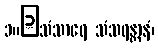
၁။	သံသာရေ သံသရန္တာနံ၊